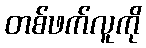
တစ်ဖက်လူကို